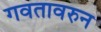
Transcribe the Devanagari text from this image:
गवतावरुन